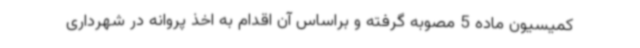
کمیسیون ماده 5 مصوبه گرفته و براساس آن اقدام به اخذ پروانه در شهرداری